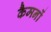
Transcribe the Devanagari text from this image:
कैमनों